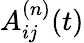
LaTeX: A_{ij}^{(n)}(t)